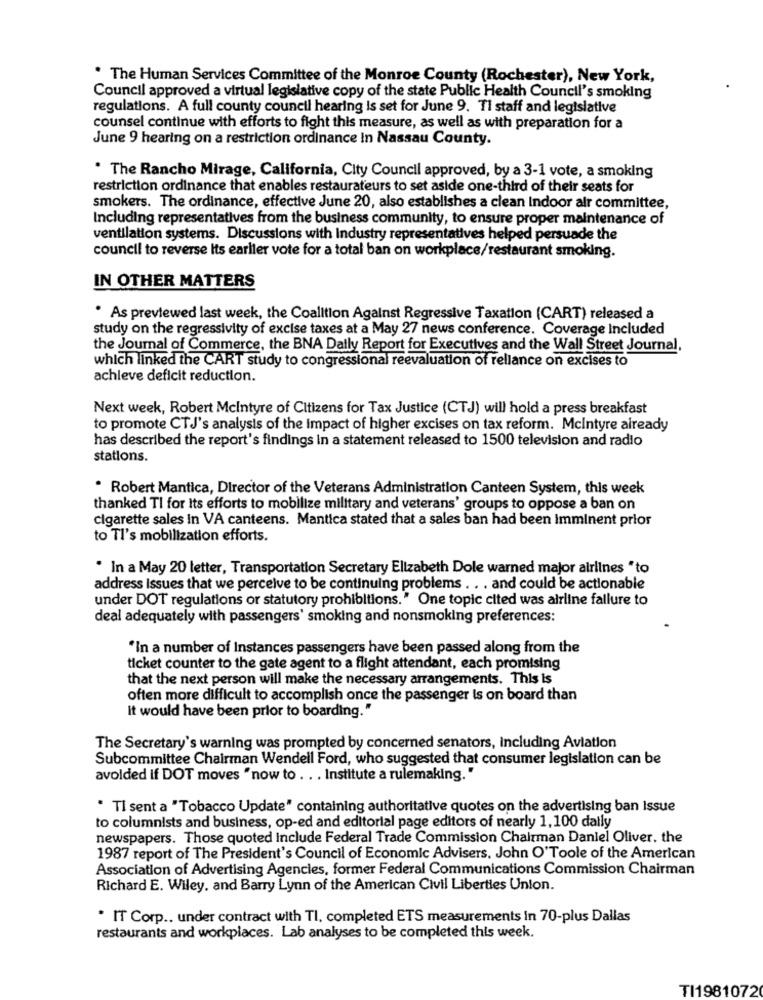
. The Human Services Committee of the Monroe County (Rochester), New York,
Council approved a virtual legislative copy of the state Public Health Council's smoking
regulations. A full county council hearing is set for June 9. Ti staff and legislative
counsel continue with efforts to fight this measure, as well as with preparation for a
June 9 hearing on a restriction ordinance in Nassau County.
* The Rancho Mirage, California, City Council approved, by a 3-1 vote, a smoking
restriction ordinance that enables restaurateurs to set aside one-third of their seats for
smokers. The ordinance, effective June 20, also establishes a clean indoor air committee,
Including representatives from the business community, to ensure proper maintenance of
ventilation systems. Discussions with Industry representatives helped persuade the
council to reverse Its earlier vote for a total ban on workplace/restaurant smoking.
IN OTHER MATTERS
. As previewed last week, the Coalition Against Regressive Taxation (CART) released a
study on the regressivity of excise taxes at a May 27 news conference. Coverage Included
the Journal of Commerce, the BNA Daily Report for Executives and the Wall Street Journal,
which linked the CART study to congressional reevaluation of rellance on excises to
achieve deficit reduction.
Next week, Robert Mcintyre of Citizens for Tax Justice (CTJ) will hold a press breakfast
to promote CTJ's analysis of the Impact of higher excises on tax reform. Mcintyre already
has described the report's findings in a statement released to 1500 television and radio
stations.
. Robert Mantica, Director of the Veterans Administration Canteen System, this week
thanked TI for Its efforts to mobilize military and veterans' groups to oppose a ban on
cigarette sales In VA canteens. Mantica stated that a sales ban had been imminent prior
to Tl's mobilization efforts.
. In a May 20 letter, Transportation Secretary Elizabeth Dole warned major airlines "to
address Issues that we perceive to be continuing problems . . . and could be actionable
under DOT regulations or statutory prohibitions. " One topic cited was airline failure to
deal adequately with passengers' smoking and nonsmoking preferences:
"In a number of Instances passengers have been passed along from the
ticket counter to the gate agent to a flight attendant, each promising
that the next person will make the necessary arrangements. This is
often more difficult to accomplish once the passenger is on board than
it would have been prior to boarding."
The Secretary's warning was prompted by concerned senators, Including Aviation
Subcommittee Chairman Wendell Ford, who suggested that consumer legislation can be
avoided if DOT moves "now to . . . Institute a rulemaking. "
" TI sent a "Tobacco Update" containing authoritative quotes on the advertising ban Issue
to columnists and business, op-ed and editorial page editors of nearly 1,100 dally
newspapers. Those quoted Include Federal Trade Commission Chairman Daniel Oliver, the
1987 report of The President's Council of Economic Advisers, John O'Toole of the American
Association of Advertising Agencies, former Federal Communications Commission Chairman
Richard E. Wiley, and Barry Lynn of the American Civil Liberties Union.
· IT Corp .. under contract with TI, completed ETS measurements in 70-plus Dallas
restaurants and workplaces. Lab analyses to be completed this week.
TI1981072